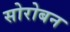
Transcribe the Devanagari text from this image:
सोरोबन